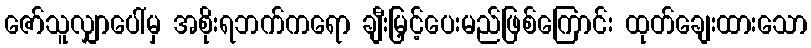
ဇော်သူလျှာပေါ်မှ အစိုးရဘက်ကရော ချီးမြှင့်ပေးမည်ဖြစ်ကြောင်း ထုတ်ချေးထားသော